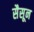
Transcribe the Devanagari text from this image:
सैसून